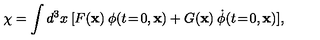
\chi = \int d ^ { 3 } x \: [ F ( \mathbf { x } ) \: \phi ( t \! = \! 0 , \mathbf { x } ) + G ( \mathbf { x } ) \: \dot { \phi } ( t \! = \! 0 , \mathbf { x } ) ] ,